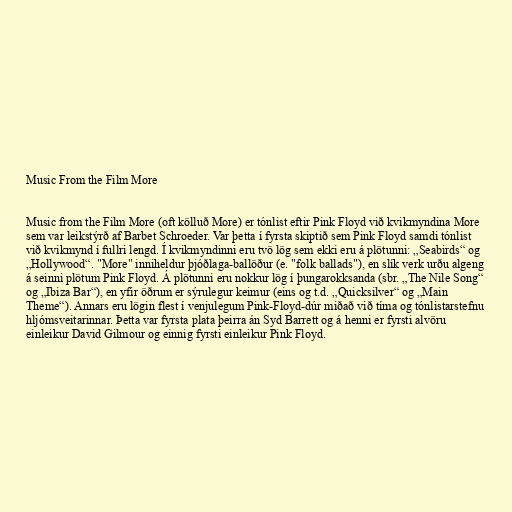
Music From the Film More

Music from the Film More (oft kölluð More) er tónlist eftir Pink Floyd við kvikmyndina More
sem var leikstýrð af Barbet Schroeder. Var þetta í fyrsta skiptið sem Pink Floyd samdi tónlist
við kvikmynd í fullri lengd. Í kvikmyndinni eru tvö lög sem ekki eru á plötunni: „Seabirds“ og
„Hollywood“. "More" inniheldur þjóðlaga-ballöður (e. "folk ballads"), en slík verk urðu algeng
á seinni plötum Pink Floyd. Á plötunni eru nokkur lög í þungarokksanda (sbr. „The Nile Song“
og „Ibiza Bar“), en yfir öðrum er sýrulegur keimur (eins og t.d. „Quicksilver“ og „Main
Theme“). Annars eru lögin flest í venjulegum Pink-Floyd-dúr miðað við tíma og tónlistarstefnu
hljómsveitarinnar. Þetta var fyrsta plata þeirra án Syd Barrett og á henni er fyrsti alvöru
einleikur David Gilmour og einnig fyrsti einleikur Pink Floyd.